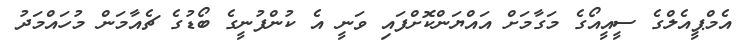
އެމްޕީއެލްގެ ސީއީއޯގެ މަގާމަށް އައްޔަންކޮށްފައި ވަނީ އެ ކުންފުނީގެ ބޯޑުގެ ޗެއާމަން މުހައްމަދު